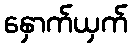
နှောက်ယှက်